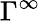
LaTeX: \Gamma^{\infty}